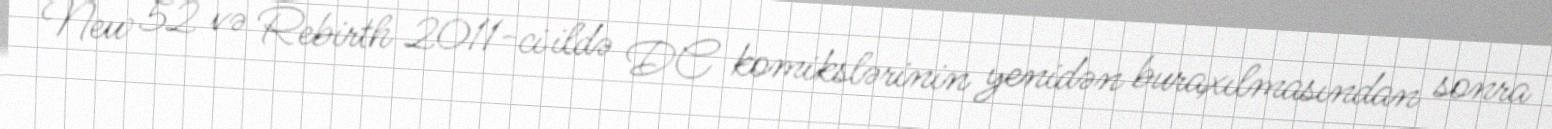
New 52 və Rebirth 2011-ci ildə DC komikslərinin yenidən buraxılmasından sonra